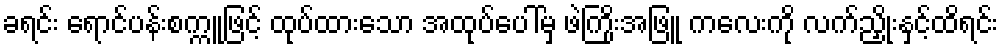
ခရင်း ရောင်ပန်းစက္ကူဖြင့် ထုပ်ထားသော အထုပ်ပေါ်မှ ဖဲကြိုးအဖြူ ကလေးကို လက်ညှိုးနှင့်ထိရင်း